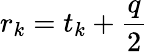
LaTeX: r_{k}=t_{k}+\frac{q}{2}